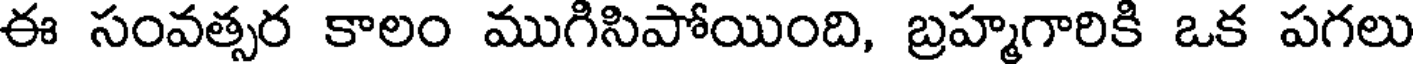
ఈ సంవత్సర కాలం ముగిసిపోయింది, బ్రహ్మగారికి ఒక పగలు